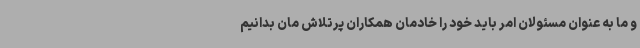
و ما به عنوان مسئولان امر باید خود را خادمان همکاران پرتلاش مان بدانیم